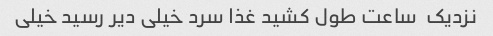
نزدیک  ساعت طول کشید غذا سرد خیلی دیر رسید خیلی